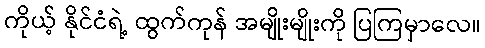
ကိုယ့် နိုင်ငံရဲ့ ထွက်ကုန် အမျိုးမျိုးကို ပြကြမှာလေ။